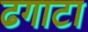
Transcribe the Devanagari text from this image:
ढगाटा